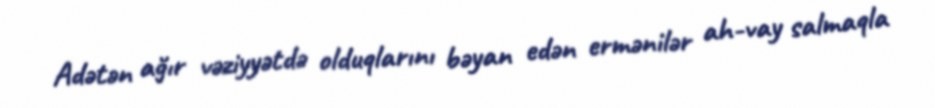
Adətən ağır vəziyyətdə olduqlarını bəyan edən ermənilər ah-vay salmaqla